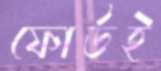
ফোর্ডই